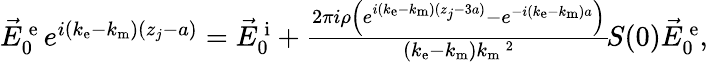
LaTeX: \begin{array}{r}{\vec{E}_{0}^{\mathrm{\, e}}\, e^{i(k_{\mathrm{e}}-k_{\mathrm{m}})(z_{j}-a)}=\vec{E}_{0}^{\mathrm{\, i}}+\frac{2\pi i\rho\left(e^{i(k_{\mathrm{e}}-k_{\mathrm{m}})(z_{j}-3a)}-e^{-i(k_{\mathrm{e}}-k_{\mathrm{m}})a}\right)}{(k_{\mathrm{e}}-k_{\mathrm{m}})k_{\mathrm{m}}\, \! \! \, \! \, \, \! \, \, \! \! \, \! \, \, \! \! \, \! \! \, \! \, \, \! \! \, \! \! \, \! \, \, \! \, \, \! \! \, \! \, \, \! \! \, \! \! \, \! \, \, \! \, \, \! \! \, \! \, \, \! \, \, \! \! \, \! \, \, \! \! \, \! \! \, \! \, \, \! \, \, \! \! \, \! \, \, \! \, \, \! \! ^{2}}\, \! \! \, \! \, \, \! \, \, \! \! \, \! \, \, \! \! \, \! \! \, \! \, \, \! \! \, \! \! \, \! \, \, \! \, \, \! \! \, \! \, \, \! \! \, \! \! \, \! \, \, \! \, \, \! \! \, \! \, \, \! \! S(0)\vec{E}_{0}^{\mathrm{\, e}},}\end{array}